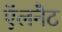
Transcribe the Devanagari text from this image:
ऍलनैट